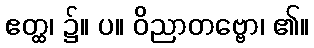
ဧတ္ထ၊ ၌။ ပ။ ဝိညာတဗ္ဗော၊ ၏။